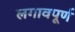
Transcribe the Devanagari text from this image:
लगावपूर्ण